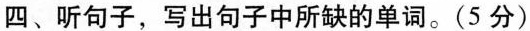
四、听句子,写出句子中所缺的单词。(5 分)